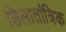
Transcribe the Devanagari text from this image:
शिलातांत्रिक